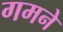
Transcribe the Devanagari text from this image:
गमने